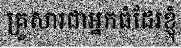
គ្រួសារជាអ្នកធំដែរខ្ញុំ